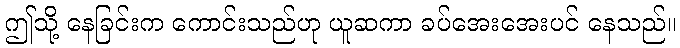
ဤသို့ နေခြင်းက ကောင်းသည်ဟု ယူဆကာ ခပ်အေးအေးပင် နေသည်။